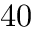
4 0